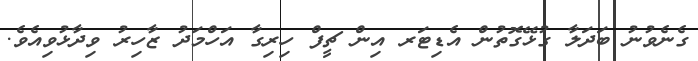
ގެނެވުނު ބަދަލާ ގުޅޭގޮތުން އެޑިޓަރ އިން ޗީފް ހިރިގާ އަހްމަދު ޒާހިރު ވިދާޅުވިއެވެ.